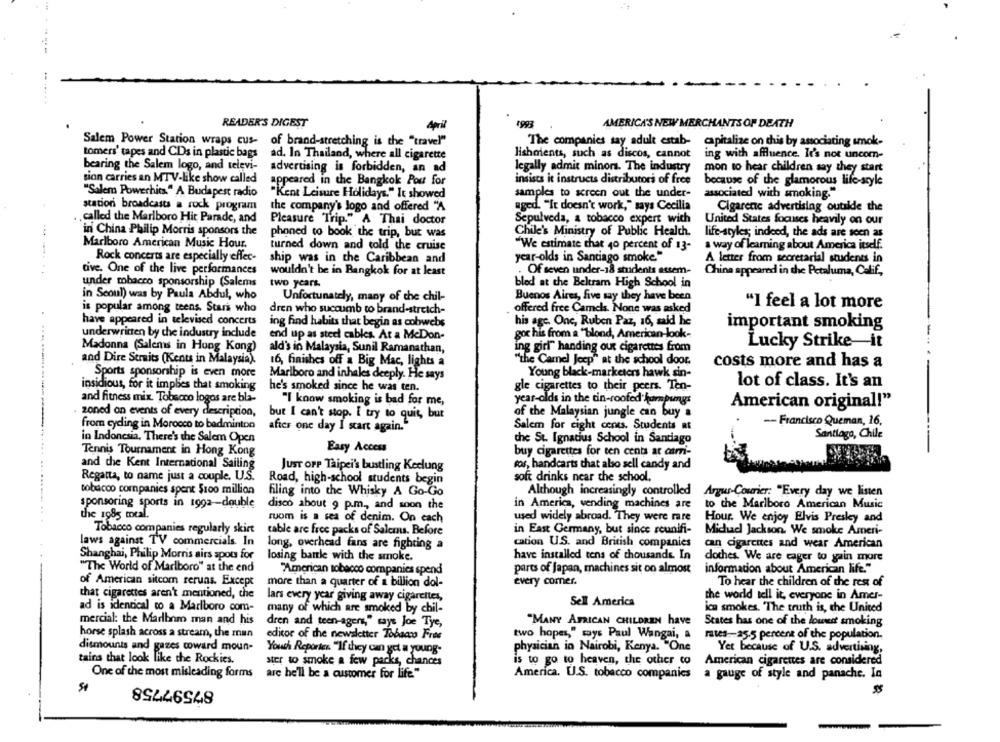
.......
READER'S DIGEST
April
1993
AMERICA'S NEW MERCHANTS OF DEATH
Salem Power Station wraps cus-
of brand-stretching is the "travel"
The companies say adult estab-
capitalize on this by associating smok-
tomers' tapes and CDs in plastic bags
ad. In Thailand, where all cigarette
lishoients, such as discos, cannot
ing with affluence. It's not uncom-
bearing the Salem logo, and televi-
advertising is forbidden, an ad
legally admit minors. The industry
mon to hear children say they start
sion carries an MTV-like show called
insists it instructs distributori of free
appeared in the Bangkok Pour for
because of the glamorous life-style
"Salem Powerhits" A Budapest radio
samples to screen out the under-
associated with smoking."
"Kent Leisure Holidays." It showed
station broadcasts a rock program
the company's logo and offered "A
aged. "It doesn't work," says Cecilia
Cigarene advertising outside the
called the Marlboro Hit Parade, and
Pleasure Trip." A Thai doctor
Sepulveda, a tobacco expert with
United States focuses heavily on our
in China Philip Morris sponsors the
phoned to book the trip, but was
Chile's Ministry of Public Health,
life-styles; indeed, the ads are seen as
Marlboro American Music Hour,
a way of learning about America itself.
turned down and told the cruise
We estimate that 40 percent of 13-
Rock concerts are especially effec-
ship was in the Caribbean and
year-olds in Santiago smoke"
A letter from secretarial students in
tive. One of the live performances
wouldn't be in Bangkok for at least
. Of seven under-18 students assem-
China appeared in the Petaluma, Calif,
-----
under mbacco sponsorship (Salems
two years.
bled at the Beltram High School in
in Seoul) was by Paula Abdul, who
Buenos Aires, five say they have been
Unfortunately, many of the chil-
"I feel a lot more
is popular among teens. Stars who
dren who succumb to brand-stretch-
offered free Camels. None was asked
have appeared in televised concerts
ing find habits that begin as cobwebs
his age. One, Ruben Paz, 16, said he
important smoking
....
underwritten by the industry include
end up as sted cables. At a McDon-
got his from a "blond, American-look-
Madonna (Salens in Hong Kong)
ald's in Malaysia, Sunil Ramanathan,
ing girl" handing out cigarettes from
Lucky Strike-it
and Dire Straits (Kents in Malaysia).
16, finishes off a Big Mac, lights a
"the Camel Jeep" at the school door.
costs more and has a
Sports sponsorship is even more
Marlboro and inhales deeply. He says
Young black-marketers hawk sin-
insidious, for it implies that smoking
lot of class. It's an
he's smoked since he was ten.
gle cigarettes to their peers. Ten-
and fitness mix. Tobacco logos are bla-
"I know smoking is bad for me,
year-olds in the din-roofed humpungs
American original!"
zoned on events of every description,
but I can't stop. I try to quit, but
of the Malaysian jungle can buy a
-- Francisco Queman, 16,
from cyding in Morocco to badminton
after one day I start again."
Salem for eight cents. Students at
Santiago, Chile
in Indonesia, There's the Salem Open
the St. Ignatius School in Santiago
Tennis Tournament in Hong Kong
Easy Access
buy cigarettes for ten cents at carri-
and the Kent Internacional Sailing
Just OPP Taipei's bustling Keclung
ros, handcarts that also sell candy and
Regatta, to name just a couple. U.S.
Road, high-school students begin
soft drinks near the school.
tobacco companies spent $100 million
Filing into the Whisky A Go-Go
Although increasingly controlled
Argus-Courier: "Every day we listen
sponsoring sports in 1992 -- double
disco about 9 p.m ., and soon the
in America, vending machines are
to the Marlboro American Music
the 1985 mtal.
ruom is a sea of denim. On cach
used widely abroad. They were rare
Hour. We enjoy Elvis Presley and
Tobacco companies regularly skirt
cable are free packs of Salemns. Before
in East Germany, but since reunifi-
Michad Jackson. We smoke Ameri-
laws against TV commercials. In
long, overhead fans are fighting a
cation U.S. and British companies
can cigarettes and wear American
Shanghai, Philip Morris airs spots for
losing battle with the smoke.
have installed tens of thousands. In
dothes. We are eager to gain more
"The World of Marlboro" at the end
"American tobacco companies spend
parts of Japan, machines sit on almost
information about American life."
of American sitcom reruns. Except
more than a quarter of a billion dol-
every comer.
To hear the children of the rest of
that cigarettes aren't mentioned, the
lars every year giving away cigarettes,
Sell America
the world tell it, everyone in Amer-
ad is identical to a Marlboro com-
ica smokes. "The truth is, the United
many of which are smoked by chil-
mercial: the Marlbnm man and his
dren and teen-ager," says Joe Tye,
"MANY AFRICAN CHILDREN have
States has one of the lound smoking
horse splash across a stream, the man
editor of the newsletter Tobaco Free
two hopes," says Paul Wangai, a
rates 25.5 percent of the population.
dismounts and gazes coward moun-
Youth Reporter. "If they can get a young-
physician in Nairobi, Kenya. "One
Yer because of U.S. advertising,
tains that look like the Rockies.
ster to smoke a few packs, chances
is to go to heaven, the other to
American cigarettes are considered
One of the most misleading forms
are he'll be a customer for life."
America. U.S. tobacco companies
a gauge of style and panache. In
87597758